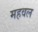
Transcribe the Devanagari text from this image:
महवल